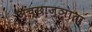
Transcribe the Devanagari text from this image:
अच्छाज्ञाता